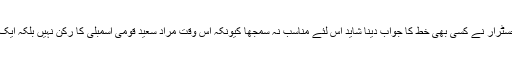
وائس چانسلر یا رجسٹرار نے کسی بھی خط کا جواب دینا شاید اس لئے مناسب نہ سمجھا کیونکہ اس وقت مراد سعید قومی اسمبلی کا رکن نہیں بلکہ ایک عام طالب علم تھا۔